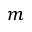
m